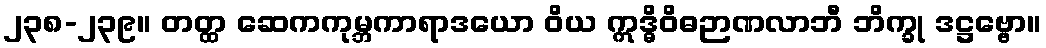
၂၃၈-၂၃၉။ တတ္ထ ဆေကကုမ္ဘကာရာဒယော ဝိယ ဣဒ္ဓိဝိဓဉာဏလာဘီ ဘိက္ခု ဒဋ္ဌဗ္ဗော။